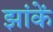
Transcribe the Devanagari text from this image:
झांकें